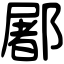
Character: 䣝